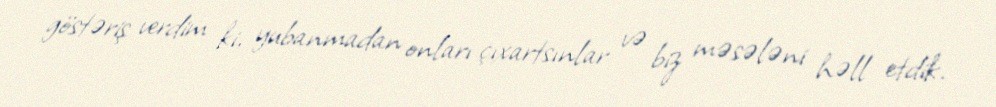
göstəriş verdim ki, yubanmadan onları çıxartsınlar və biz məsələni həll etdik.